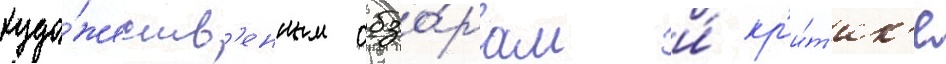
худо́жеств'енным обзо́рам и́ кр'и́т'ик'е